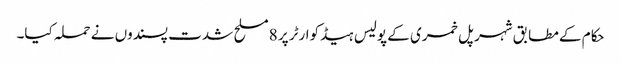
حکام کے مطابق شہر پل خمری کے پولیس ہیڈکوارٹر پر 8 مسلح شدت پسندوں نے حملہ کیا۔